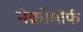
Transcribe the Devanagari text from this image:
नेक्रोमॉर्फ